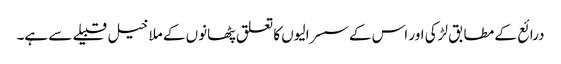
درائع کے مطابق لڑکی اور اس کےسسرالیوں کا تعلق پٹھانوں کے ملا خیل قبیلے سے ہے۔